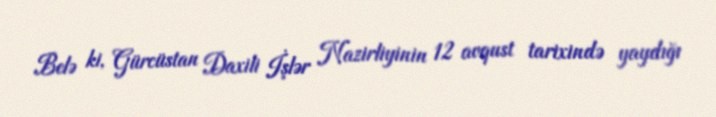
Belə ki, Gürcüstan Daxili İşlər Nazirliyinin 12 avqust tarixində yaydığı